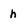
Character: h